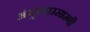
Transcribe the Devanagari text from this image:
अंगुष्ठप्रसारणी